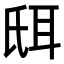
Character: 𦕌